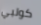
كولبي